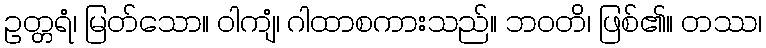
ဥတ္တရံ၊ မြတ်သော။ ဝါကျံ၊ ဂါထာစကားသည်။ ဘဝတိ၊ ဖြစ်၏။ တဿ၊